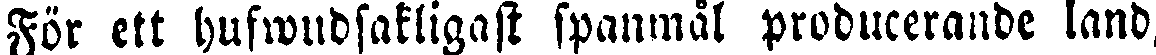
För ett hufwudsakligast spanmål producerande land,